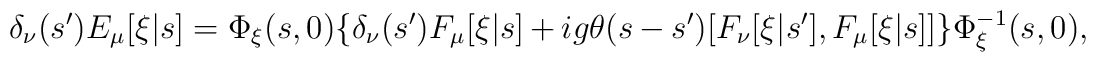
\delta_\nu(s') E_\mu[\xi|s] = \Phi_\xi(s,0) \{ \delta_\nu(s') F_\mu[\xi|s]   + ig \theta(s-s') [F_\nu[\xi|s'], F_\mu[\xi|s]] \} \Phi_\xi^{-1}(s,0),